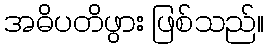
အဓိပတိဖွား ဖြစ်သည်။